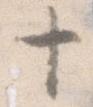
十